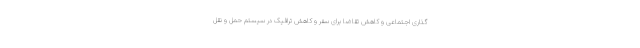
گذاری اجتماعی و کاهش تقاضا برای سفر و کاهش ترافیک در سیستم حمل و نقل